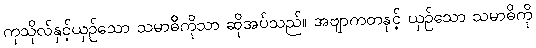
ကုသိုလ်နှင့်ယှဉ်သော သမာဓိကိုသာ ဆိုအပ်သည်။ အဗျာကတနှင့် ယှဉ်သော သမာဓိကို